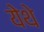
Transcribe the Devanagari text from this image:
येेथे